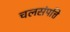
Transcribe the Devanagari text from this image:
चलसंपत्ति